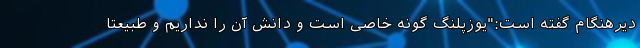
دیرهنگام گفته است:"یوزپلنگ گونه خاصی است و دانش آن را نداریم و طبیعتاً